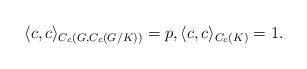
LaTeX: \begin{align*}\langle c, c\rangle_{C_c(G, C_c(G/K))}=p,\langle c, c\rangle_{C_c(K)}=1.\end{align*}